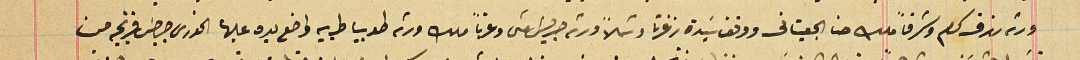
ورثة رزق كرم وشرقاً ملك حنا الجعيتانى ووقف سَيدة زغرتا وشمالاً ورثة جريسَ متى وغرباً ملك ورثه طويبا طربيه واضع يده عليها الخورى جرجسَ فرنجيه من